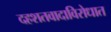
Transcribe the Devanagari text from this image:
दहशतवादाविरोधात